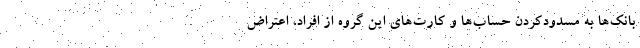
بانک‌ها به مسدودکردن حساب‌ها و کارت‌های این گروه از افراد، اعتراض